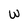
Character: w